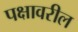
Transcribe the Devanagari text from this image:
पक्षावरील